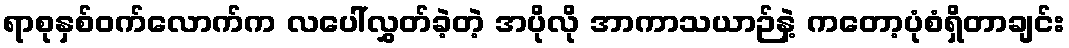
ရာစုနှစ်ဝက်လောက်က လပေါ်လွှတ်ခဲ့တဲ့ အပိုလို အာကာသယာဉ်နဲ့ ကတော့ပုံစံရှိတာချင်း